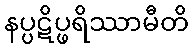
နပ္ပဋိပ္ဖရိဿာမီတိ